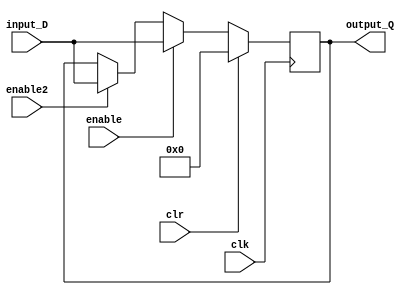
`timescale 1ns/10ps

module ra (
  input clk,
  input clr,
  input enable,
  input [31:0] input_D,
  output reg [31:0] output_Q,
  input enable2
  );
  
  always @(posedge clk)
    begin
      if (clr)
      	output_Q = 0;
      else if (enable)
      	output_Q <= input_D;
      else if (enable2)
        output_Q <= input_D;
    end
endmodule